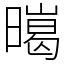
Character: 㬞